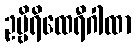
ဥဗ္ဗိရိထေရီဂါထာ